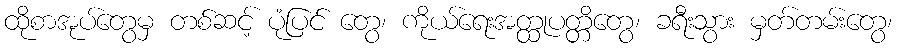
ထိုစာအုပ်တွေမှ တစ်ဆင့် ပုံပြင် တွေ၊ ကိုယ်ရေးအတ္ထုပတ္တိတွေ၊ ခရီးသွား မှတ်တမ်းတွေ၊